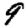
Digit: 9